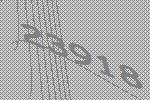
23918